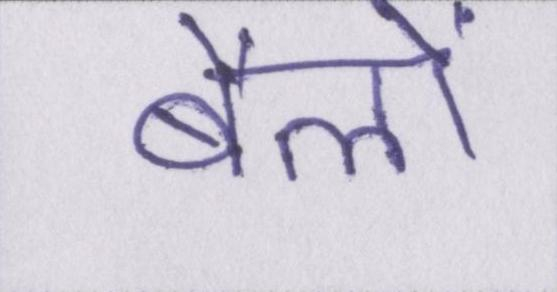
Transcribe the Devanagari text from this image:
बैलों